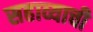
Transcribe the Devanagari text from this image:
सहाव्याची